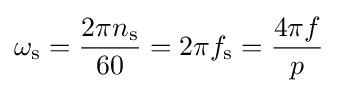
\omega _{\text{s}}={\frac {2\pi n_{\text{s}}}{60}}=2\pi f_{\text{s}}={\frac {4\pi f}{p}}